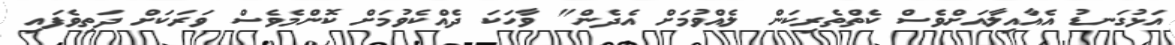
އަޅުގަނޑު އެއާއިލާއަށްވެސް ކެތްތެރިކަން ލެއްވުމަށް އެދެން" ވާހަކަ ދެއްކެވުމަށް ކޮންމެވެސް ވަރަކަށް ދަތިވެފައި